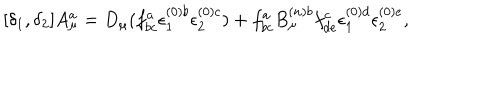
[ \delta _ { 1 } , \delta _ { 2 } ] A _ { \mu } ^ { a } = D _ { \mu } ( f _ { b c } ^ { a } \epsilon _ { 1 } ^ { ( 0 ) b } \epsilon _ { 2 } ^ { ( 0 ) c } ) + f _ { b c } ^ { a } B _ { \mu } ^ { ( n ) b } f _ { d e } ^ { c } \epsilon _ { 1 } ^ { ( 0 ) d } \epsilon _ { 2 } ^ { ( 0 ) e } ,